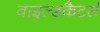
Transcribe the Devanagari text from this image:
वाइल्डकैटर्स